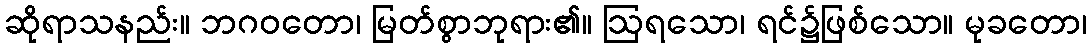
ဆိုရာသနည်း။ ဘဂဝတော၊ မြတ်စွာဘုရား၏။ ဩရသော၊ ရင်၌ဖြစ်သော။ မုခတော၊